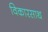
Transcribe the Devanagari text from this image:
विकारसाथ